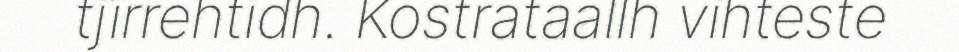
tjïrrehtidh. Kostrataallh vihteste